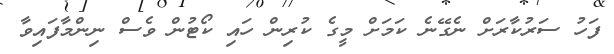
ފަހު ސަރުކާރަށް ނެގޭނެ ކަމަށް މީގެ ކުރިން ހައި ކޯޓުން ވެސް ނިންމާފައިވާ